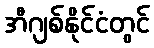
အီဂျစ်နိုင်ငံတွင်